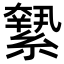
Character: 𦅬